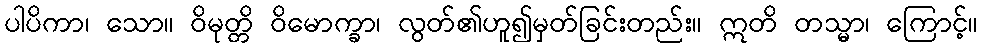
ပါပိကာ၊ သော။ ဝိမုတ္တိ ဝိမောက္ခာ၊ လွတ်၏ဟူ၍မှတ်ခြင်းတည်း။ ဣတိ တသ္မာ၊ ကြောင့်။